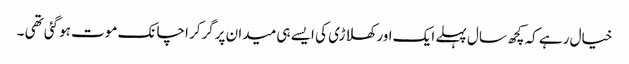
خیال رہے کہ کچھ سال پہلے ایک اور کھلاڑی کی ایسے ہی میدان پرگرکر اچانک موت ہوگئی تھی ۔